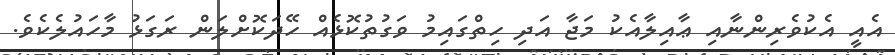
އެއީ އެކުވެރިންނާއި ޢާއިލާއެކު މަޖާ އަދި ހިތްގައިމު ވަގުތުކޮޅެއް ހޭދަކޮށްލަން ރަގަޅު މާހައުލެކެވެ.